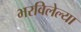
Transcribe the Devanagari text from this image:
भरविलेल्या